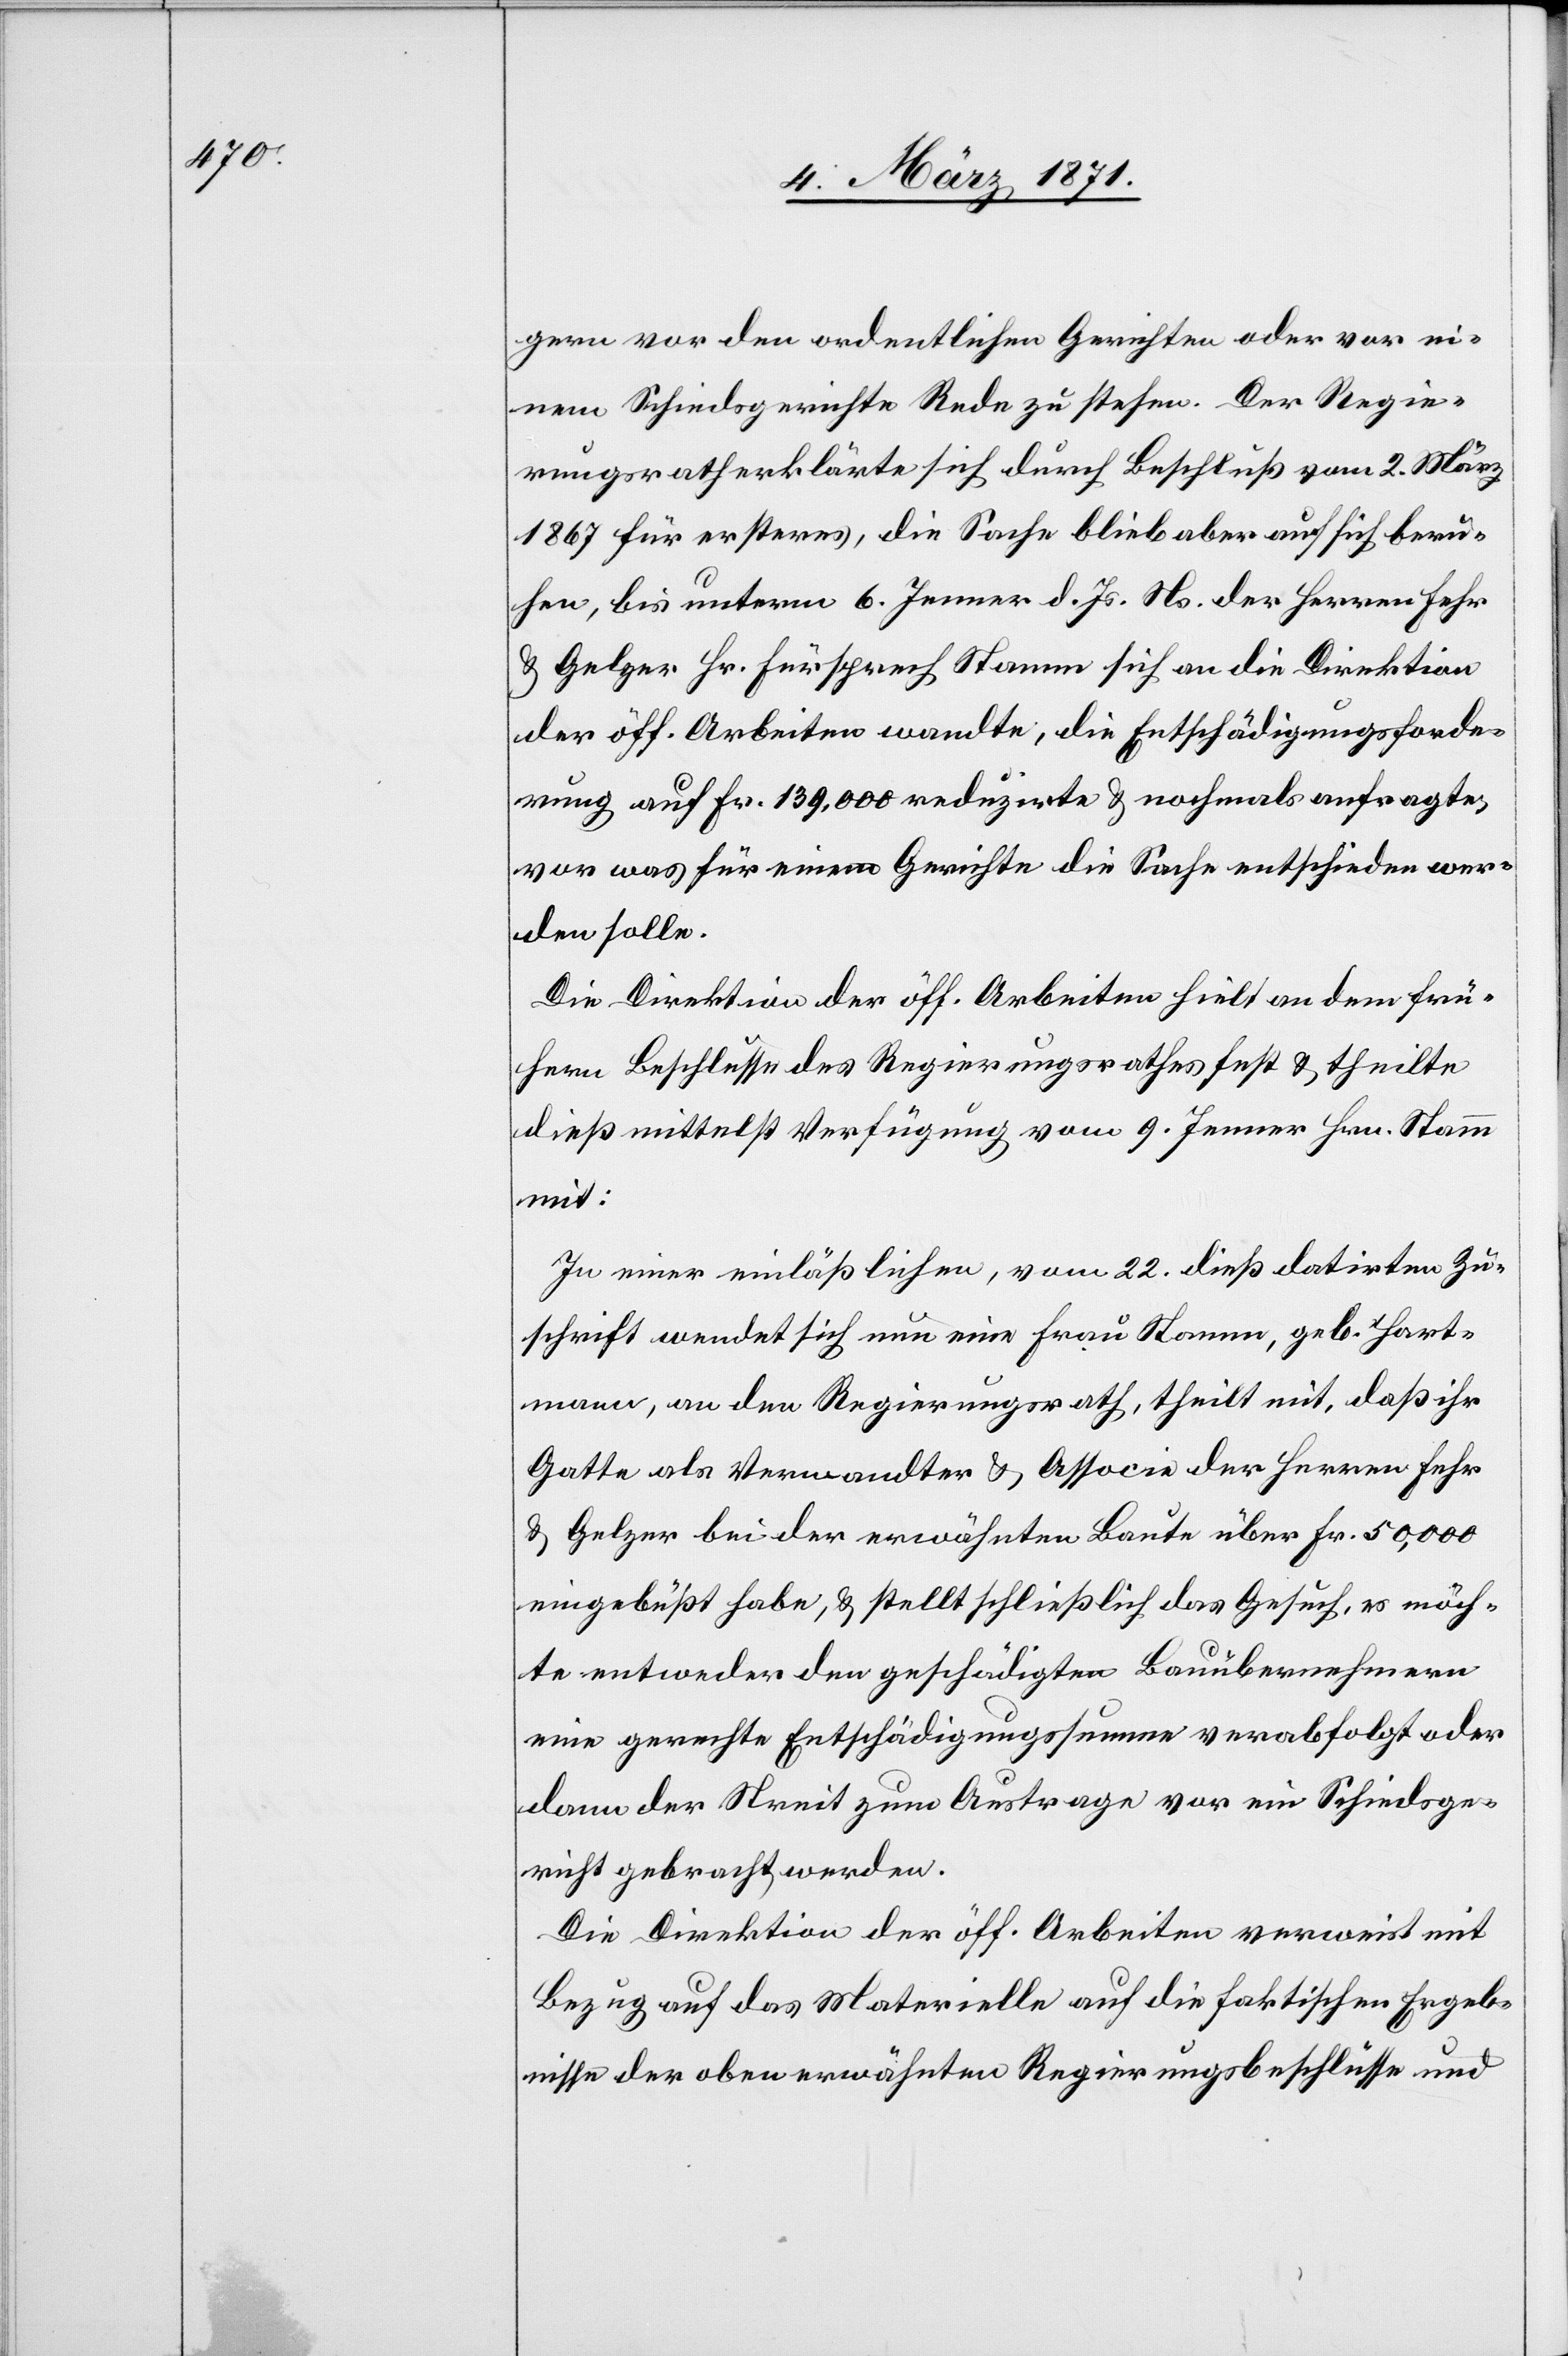
gern vor den ordentlichen Gerichten oder vor ei¬
nem Schiedsgerichte Rede zu stehen. Der Regie¬
rungsrath erklärte sich durch Beschluß vom 2. März
1867 für ersteres, die Sache blieb aber auf sich beru¬
hen, bis unterm 6. Jenner d. Js. Ns. der Herren Fehr
u. Gelzer Hr. Fürsprech Stamm sich an die Direktion
der öff. Arbeiten wandte, die Entschädigungsforde¬
rung auf Fr. 139,000 reduzirte u. nochmals anfragte,
vor was für einem Gerichte die Sachen entschieden wer¬
den solle.
Die Direktion der öff. Arbeiten hielt an dem frü¬
hern Beschlusse des Regierungsrathes fest u. theilte
dieß mittelst Verfügung vom 9. Jenner Hrn. Stamm
mit:
In einer einläßlichen, vom 22. dieß datirten Zu¬
schrift wendet sich nun eine Frau Stamm, geb. Hart¬
mann, an den Regierungsrath, theilt mit, daß ihr
Gatte als Verwandter u. Associe der Herren Fehr
u. Gelzer bei der erwähnten Baute über Fr. 50,000
eingebüßt habe, u. stellt schließlich das Gesuch, es möch¬
te entweder den geschädigten Bauübernehmern
eine gerechte Entschädigungssumme verabfolgt oder
dann der Streit zum Austragen vor ein Schiedsge¬
richt gebracht werden.
Die Direktion der öff. Arbeiten verweist mit
Bezug auf das Materielle auf die faktischen Ergeb¬
nisse der oben erwähnten Regierungsbeschlüsse und